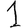
Digit: 1